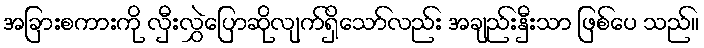
အခြားစကားကို လှီးလွှဲပြောဆိုလျက်ရှိသော်လည်း အချည်းနှီးသာ ဖြစ်ပေ သည်။